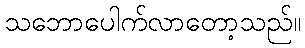
သဘောပေါက်လာတော့သည်။